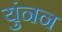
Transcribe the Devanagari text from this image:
युंनन